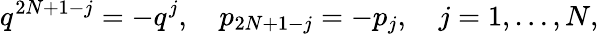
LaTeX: q^{2N+1-j}=-q^{j},\quad p_{2N+1-j}=-p_{j},\quad j=1,\ldots,N,